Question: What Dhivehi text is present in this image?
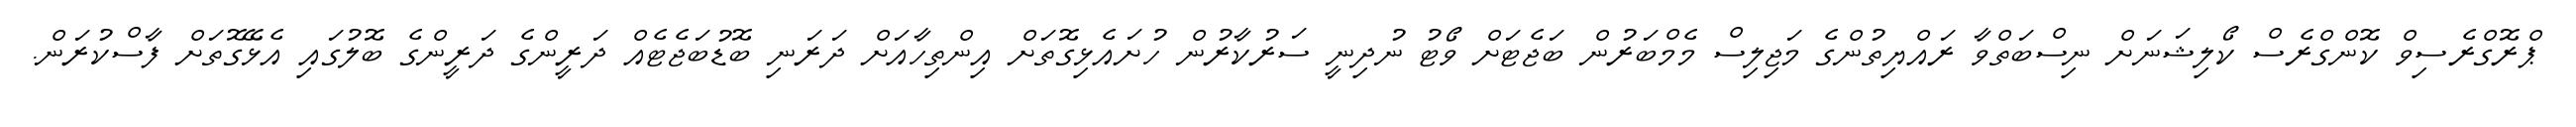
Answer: ޕްރޮގްރެސިވް ކޮންގްރެސް ކޯލިޝަނަށް ނިސްބަތްވާ ރައްޔިތުންގެ މަޖިލިސް މެމްބަރުން ބަޖެޓަށް ވޯޓު ނުދިނީ ސަރުކާރުން ހުށައެޅިގޮތަށް އިންތިހާއަށް ދަރަނި ބޮޑުބަޖެޓެއް ދަރީންގެ ދަރީންގެ ބޮލުގައި އެޅޭގޮތަށް ފާސްކުރަން.